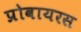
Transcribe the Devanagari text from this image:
प्रोवायरस